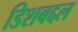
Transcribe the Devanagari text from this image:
डिशबद्दल